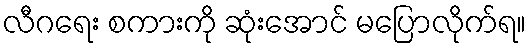
လီဂရေး စကားကို ဆုံးအောင် မပြောလိုက်ရ။